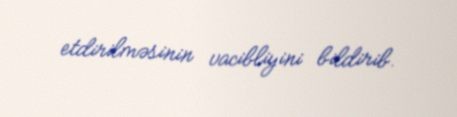
etdirilməsinin vacibliyini bildirib.